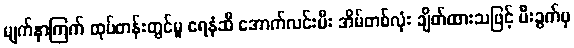
မျက်နှာကြက် ထုပ်တန်းတွင်မူ ရေနံဆီ အောက်လင်းမီး အိမ်တစ်လုံး ချိတ်ထားသဖြင့် မီးခွက်မှ